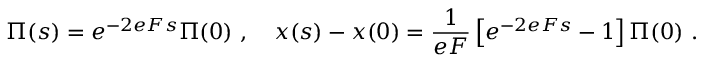
\Pi ( s ) = e ^ { - 2 e F s } \Pi ( 0 ) \ , ~ ~ ~ x ( s ) - x ( 0 ) = \frac { 1 } { e F } \left[ e ^ { - 2 e F s } - 1 \right] \Pi ( 0 ) \ .